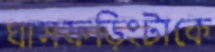
ঘাসফড়িংটাকে